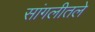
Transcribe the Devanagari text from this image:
सांगलीतले